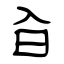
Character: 㒲